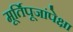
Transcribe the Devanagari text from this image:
मूर्तिपूजांपेक्षा